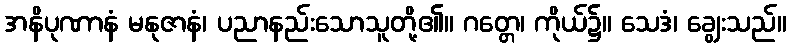
အနိပုဏာနံ မနုဇာနံ၊ ပညာနည်းသောသူတို့၏။ ဂတ္တေ၊ ကိုယ်၌။ သေဒံ၊ ချွေးသည်။